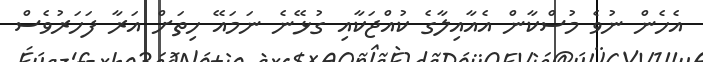
އެހެން ނުވެ މުސްކާން އެއާއިލާގެ ކުއްޖަކާއި ގުޅޭނެ ނަމައޭ ހިތަށް އަރާ ފަހަރުވެސް